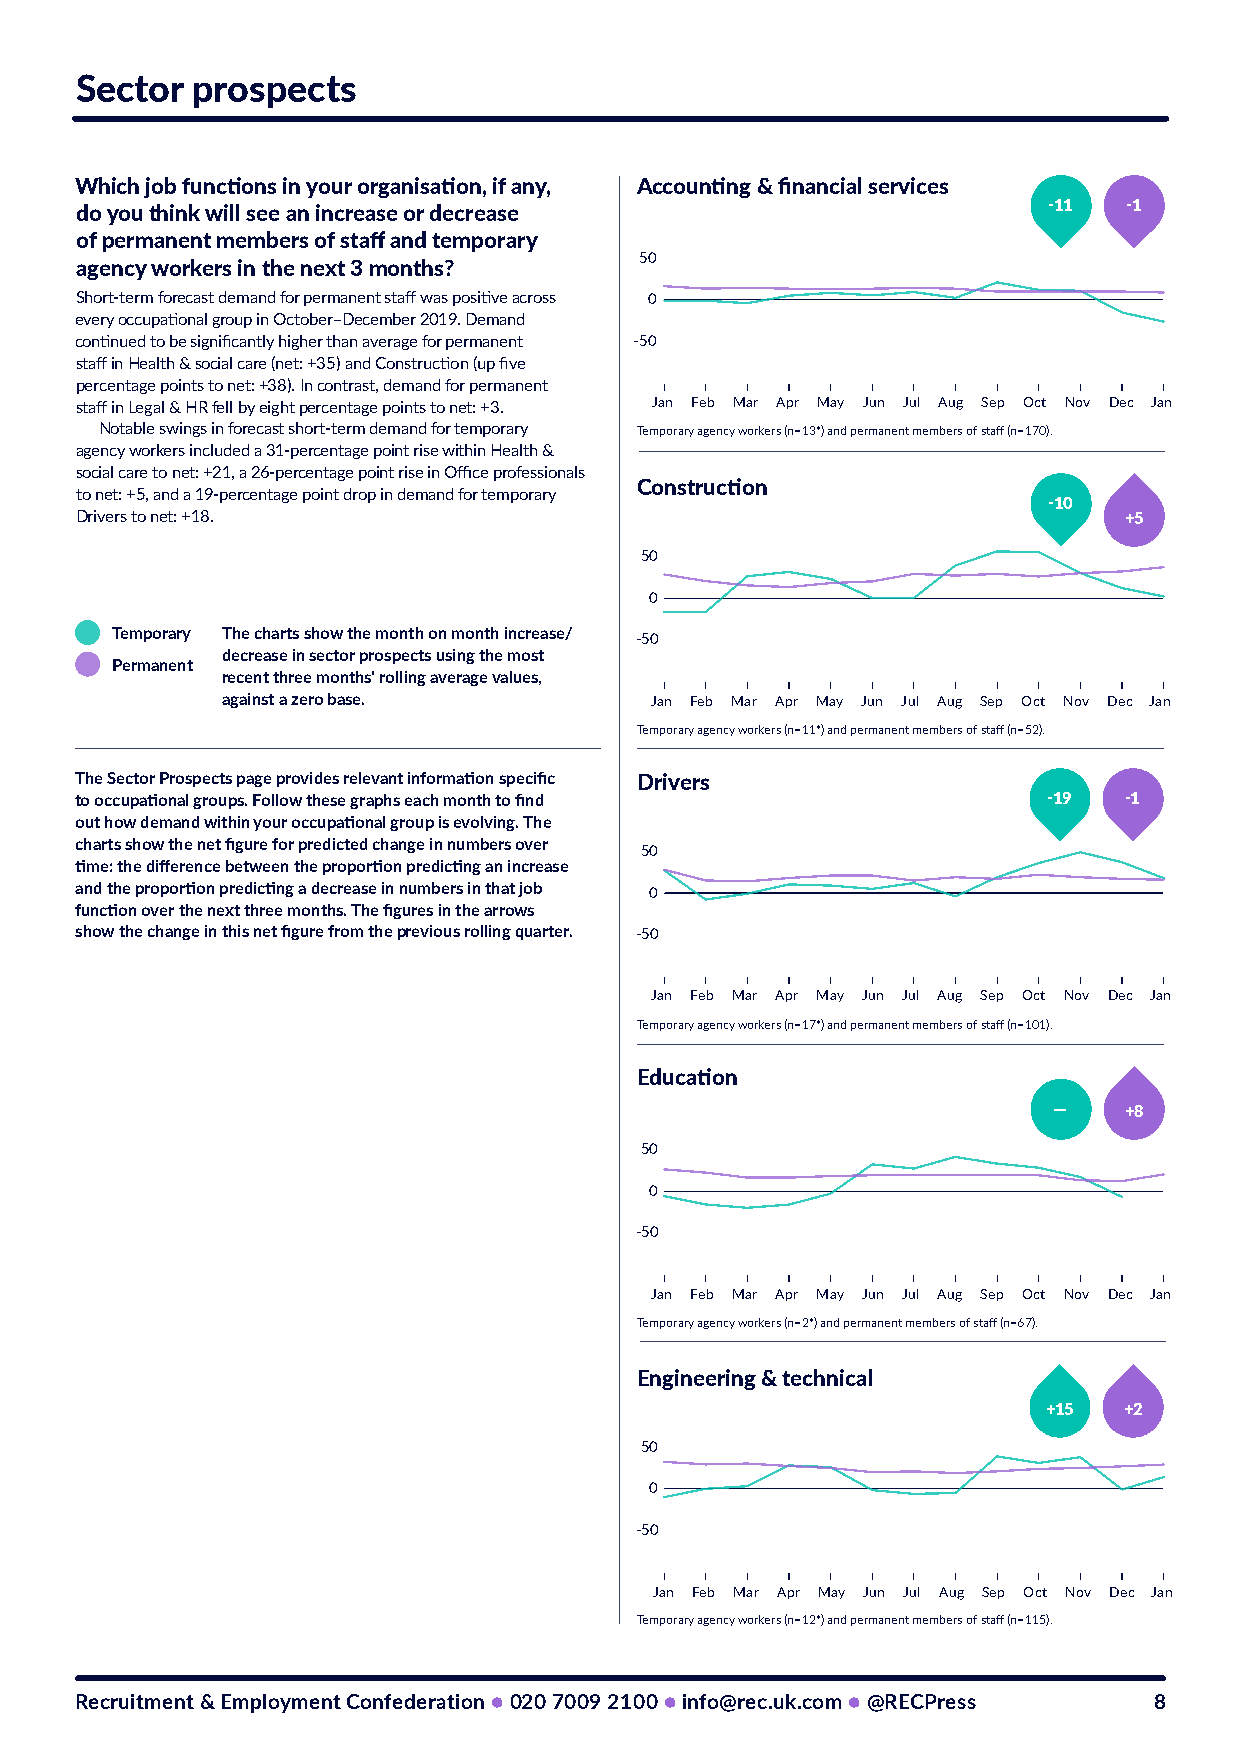
Sector  prospects
 Which job functions in your organisation, if any, Accounting & financial services
 -11  -1
 do you think will see an increase or decrease
 of permanent members of staff and temporary
 50
 agency workers in the next 3 months?
 Short-term forecast demand for permanent staff was positive across 0
 every occupational group in October–December 2019. Demand
 continued to be significantly higher than average for permanent -50
 staff in Health & social care (net: +35) and Construction (up five
 percentage points to net: +38). In contrast, demand for permanent
 staff in Legal & HR fell by eight percentage points to net: +3. Jan Feb Mar Apr May Jun Jul Aug Sep Oct Nov Dec Jan
 Notable swings in forecast short-term demand for temporary Temporary agency workers (n=13*) and permanent members of staff (n=170).
 agency workers included a 31-percentage point rise within Health &
 social care to net: +21, a 26-percentage point rise in Office professionals
 Construction
 to net: +5, and a 19-percentage point drop in demand for temporary
 -10
 Drivers to net: +18.                                                 +5
 50
 0
 Temporary The charts show the month on month increase/ -50
 decrease in sector prospects using the most
 Permanent
 recent three months' rolling average values,
 against a zero base.        Jan Feb Mar Apr May Jun Jul Aug Sep Oct Nov Dec Jan
 Temporary agency workers (n=11*) and permanent members of staff (n=52).
 The Sector Prospects page provides relevant information specific Drivers
 to occupational groups. Follow these graphs each month to find  -19  -1
 out how demand within your occupational group is evolving. The
 charts show the net figure for predicted change in numbers over
 50
 time: the difference between the proportion predicting an increase
 and the proportion predicting a decrease in numbers in that job 0
 function over the next three months. The figures in the arrows
 show the change in this net figure from the previous rolling quarter. -50
 Jan Feb Mar Apr May Jun Jul Aug Sep Oct Nov Dec Jan
 Temporary agency workers (n=17*) and permanent members of staff (n=101).
 Education
 —   +8
 50
 0
 -50
 Jan Feb Mar Apr May Jun Jul Aug Sep Oct Nov Dec Jan
 Temporary agency workers (n=2*) and permanent members of staff (n=67).
 Engineering & technical
 +15  +2
 50
 0
 -50
 Jan Feb Mar Apr May Jun Jul Aug Sep Oct Nov Dec Jan
 Temporary agency workers (n=12*) and permanent members of staff (n=115).
 Recruitment & Employment Confederation ● 020 7009 2100 ● info@rec.uk.com ● @RECPress 8